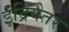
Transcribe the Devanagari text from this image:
इंद्रियेतर